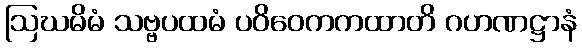
ဩဃမိမံ သဗ္ဗပထမံ ပဝိဝေကကထာတိ ဂဟဏဋ္ဌာနံ